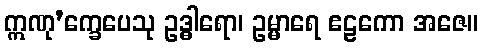
ဣဏု’က္ခေပေသု ဥဒ္ဓါရော၊ ဥမ္မာရေ ဧဠကော အဇေ။